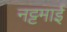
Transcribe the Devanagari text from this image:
नट्टमाई